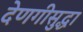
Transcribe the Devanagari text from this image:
देणगीसुद्धा